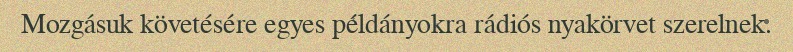
Mozgásuk követésére egyes példányokra rádiós nyakörvet szerelnek.